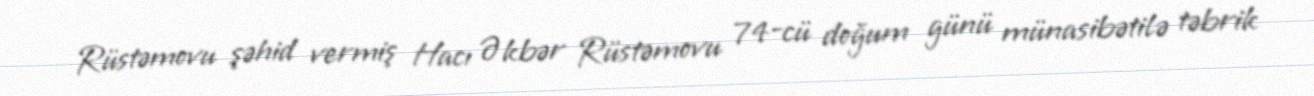
Rüstəmovu şəhid vermiş Hacı Əkbər Rüstəmovu 74-cü doğum günü münasibətilə təbrik